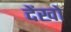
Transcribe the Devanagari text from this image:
देंखो